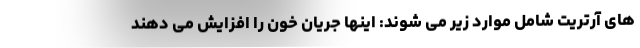
های آرتریت شامل موارد زیر می شوند: اینها جریان خون را افزایش می دهند